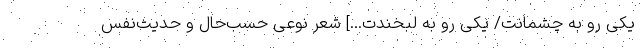
یکی رو به چشمانت/ یکی رو به لبخندت...] شعر نوعی حسب‌حال و حدیث‌نفس